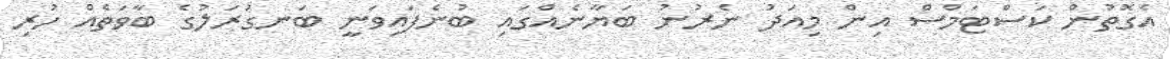
އެގޮތުން ކަސްޓަމްސް އިން މިއަދު ނެރުނު ބަޔާނެއްގައި ބުނެފައިވަނީ ބަނގުރަލުގެ ބާވަތެއް ހުރި